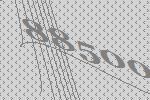
88500